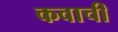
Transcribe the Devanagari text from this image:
कवाची